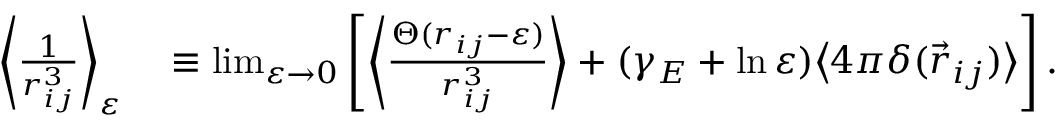
\begin{array} { r l } { \bigg \langle \frac { 1 } { r _ { i j } ^ { 3 } } \bigg \rangle _ { \varepsilon } } & { { } \equiv \operatorname* { l i m } _ { \varepsilon \rightarrow 0 } \left[ \left\langle \frac { \Theta ( r _ { i j } - \varepsilon ) } { r _ { i j } ^ { 3 } } \right\rangle + ( \gamma _ { E } + \ln \varepsilon ) \big \langle 4 \pi \delta ( \vec { r } _ { i j } ) \big \rangle \right] . } \end{array}